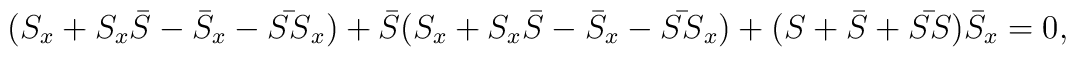
(S_x + S_x \bar{S} - \bar{S}_x - \bar{SS}_x) + \bar{S} (S_x + S_x\bar{S} -\bar{S}_x - \bar{SS}_x) + (S+\bar{S}+\bar{SS}) \bar{S}_x = 0 ,